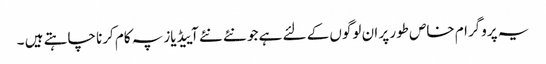
یہ پروگرام خاص طور پر ان لوگوں کے لئے ہے جو نئے نئے آییڈیاز پہ کام کرنا چاہتے ہیں ۔